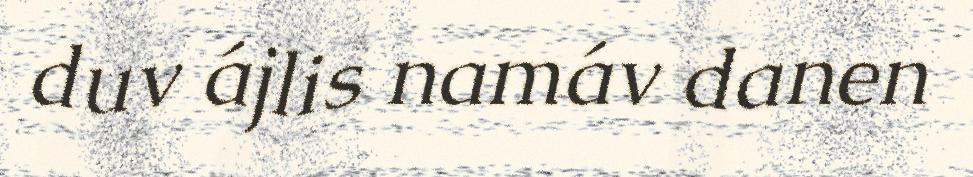
duv ájlis namáv danen